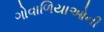
ગોવાળિયાઓની